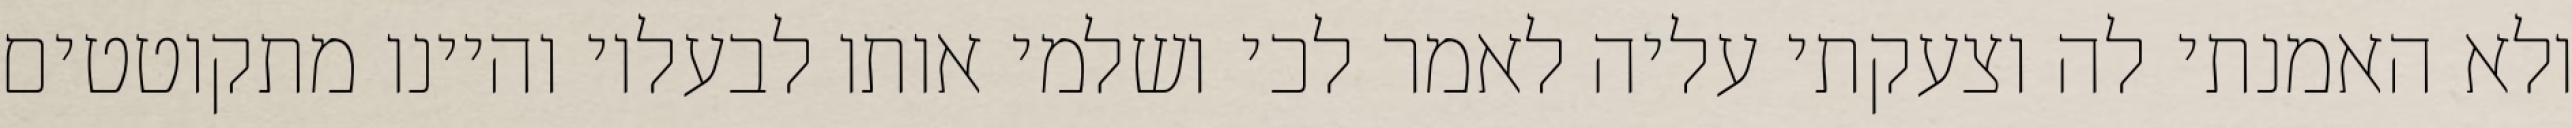
ולא האמנתי לה וצעקתי עליה לאמר לכי ושלמי אותו לבעליו והיינו מתקוטטים